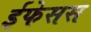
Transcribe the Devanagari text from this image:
ईफेसस